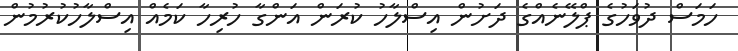
ހަމަސް ދުވަހުގެ ޕްލޭނެއްގެ ދަށުން އިސްލާހު ކުރަން އަންގާ ހުރިހާ ކަމެއް އިސްލާހުކުރުމުން